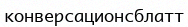
конверсационсблатт